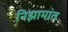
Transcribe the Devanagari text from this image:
निझामांत